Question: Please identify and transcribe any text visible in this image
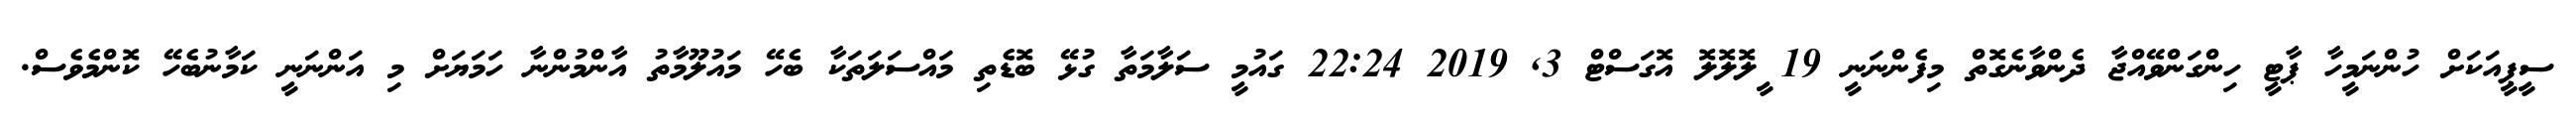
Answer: ސީޕީއަކަށް ހުންނަމީހާ ޕާޓީ ހިންގަންވޭއްޖާ ދެންވާނެގޮތް މިފެންނަނީ 19 ީލޮލޮލޮ އޮގަސްޓް 3, 2019 22:24 ގައުމީ ސަލާމަތާ ގުޅޭ ބޮޑެތި މައްސަލަތަކާ ބެހޭ މައުލޫމާތު އާންމުންނާ ހަމަޔަށް މި އަންނަނީ ކަމާނުބެހޭ ކޮންމެވެސް.